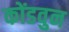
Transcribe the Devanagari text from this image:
कोंडवुन